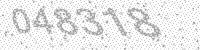
Solution: 048318